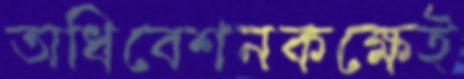
অধিবেশনকক্ষেই